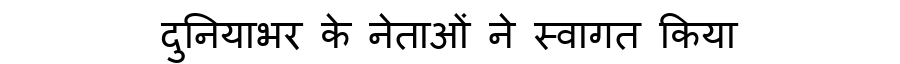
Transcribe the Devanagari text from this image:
दुनियाभर के नेताओं ने स्वागत किया